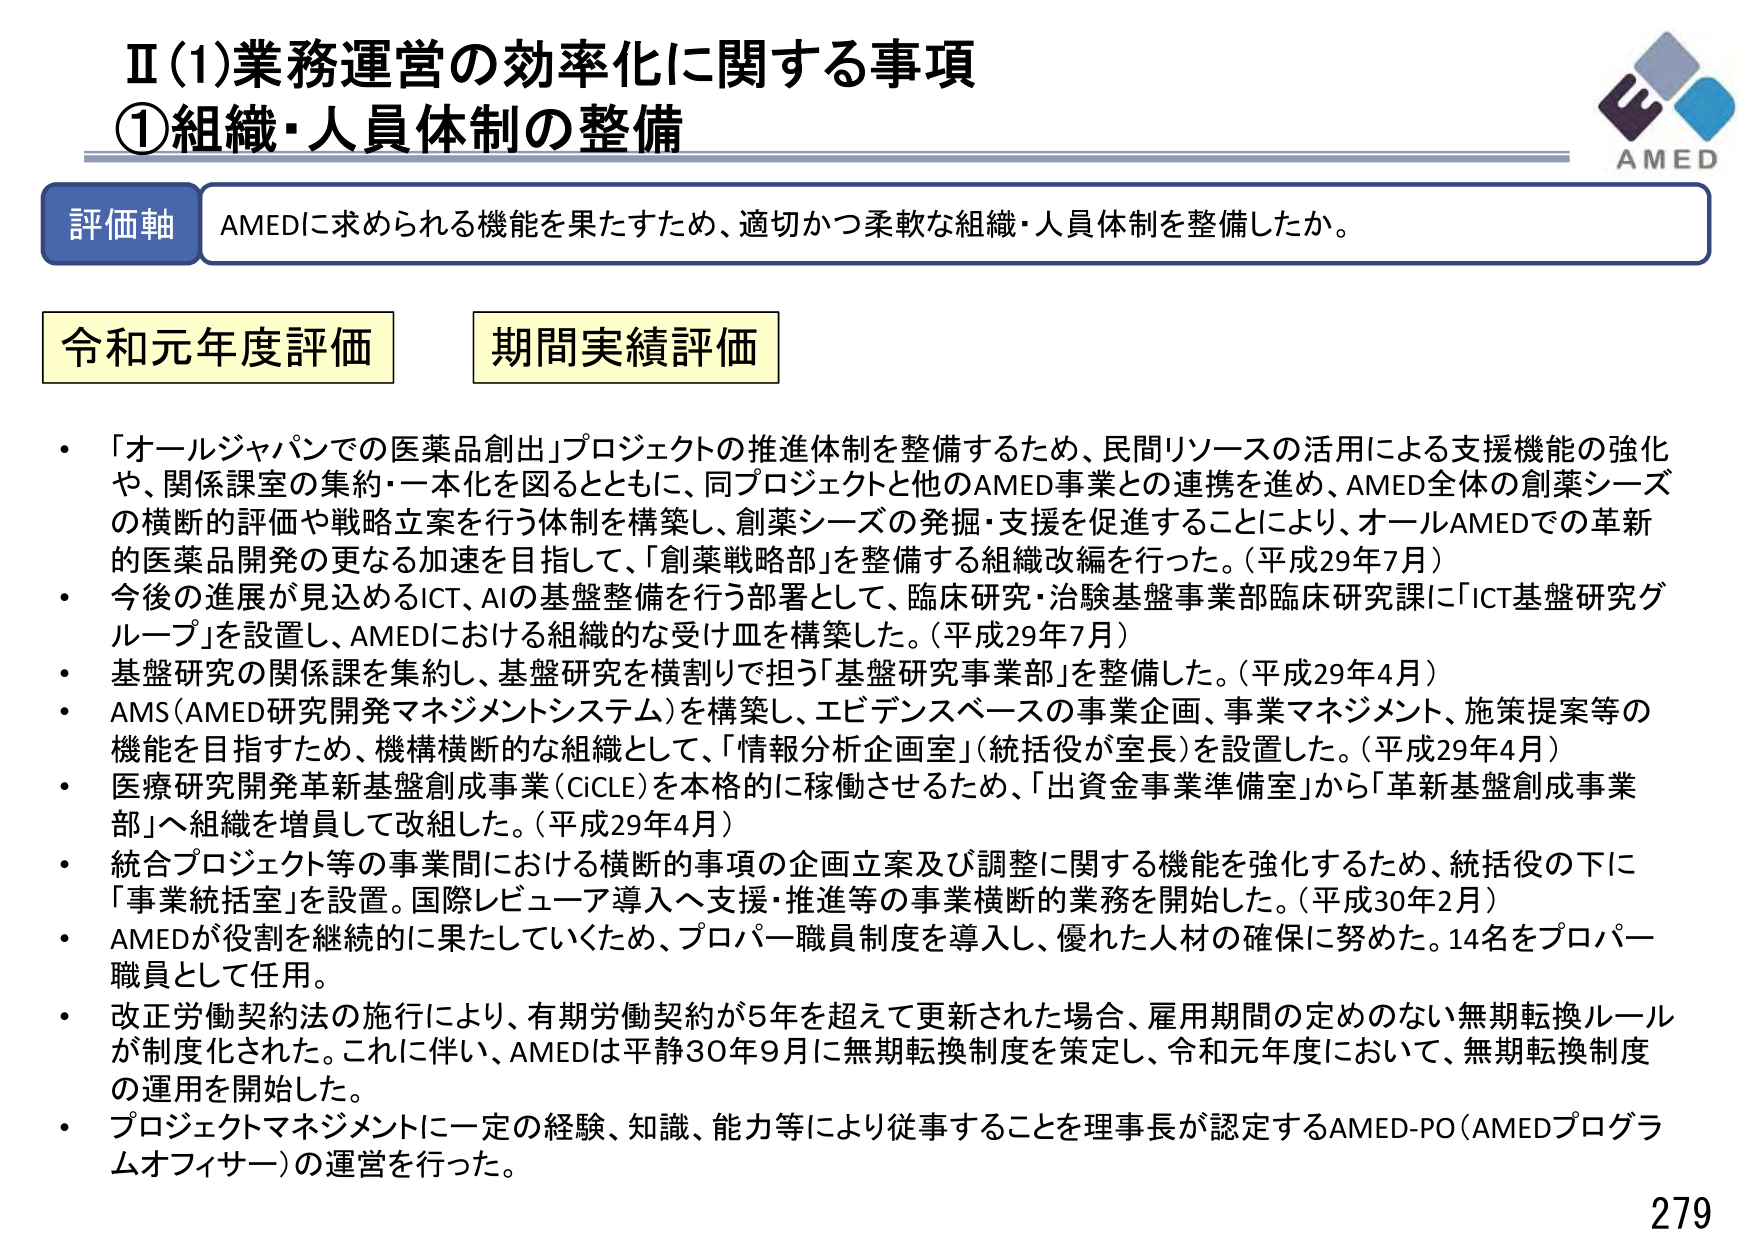
Ⅱ(1)業務運営の効率化に関する事項
①組織・人員体制の整備

評価軸 AMEDに求められる機能を果たすため、適切かつ柔軟な組織・人員体制を整備したか。

令和元年度評価 期間実績評価

・「オールジャパンでの医薬品創出」プロジェクトの推進体制を整備するため、民間リソースの活用による支援機能の強化や、関係課室の集約・一本化を図るとともに、同プロジェクトと他のAMED事業との連携を進め、AMED全体の創薬シーズの横断的評価や戦略立案を行う体制を構築し、創薬シーズの発掘・支援を促進することにより、オールAMEDでの革新的医薬品開発の更なる加速を目指して、「創薬戦略部」を整備する組織改編を行った。（平成29年7月）
・今後の進展が見込めるICT、AIの基盤整備を行う部署として、臨床研究・治験基盤事業部臨床研究課に「ICT基盤研究グループ」を設置し、AMEDにおける組織的な受け皿を構築した。（平成29年7月）
・基盤研究の関係課を集約し、基盤研究を横割りで担う「基盤研究事業部」を整備した。（平成29年4月）
・AMS（AMED研究開発マネジメントシステム）を構築し、エビデンスベースの事業企画、事業マネジメント、施策提案等の機能を目指すため、機構横断的な組織として、「情報分析企画室」（統括役が室長）を設置した。（平成29年4月）
・医療研究開発革新基盤創成事業（CiCLE）を本格的に稼働させるため、「出資金事業準備室」から「革新基盤創成事業部」へ組織を増員して改組した。（平成29年4月）
・統合プロジェクト等の事業間における横断的事項の企画立案及び調整に関する機能を強化するため、統括役の下に「事業統括室」を設置。国際レビュー導入へ支援・推進等の事業横断的業務を開始した。（平成30年2月）
・AMEDが役割を継続的に果たしていくため、プロパー職員制度を導入し、優れた人材の確保に努めた。14名をプロパー職員として任用。
・改正労働契約法の施行により、有期労働契約が5年を超えて更新された場合、雇用期間の定めのない無期転換ルールが制度化された。これに伴い、AMEDは平成30年9月に無期転換制度を策定し、令和元年度において、無期転換制度の運用を開始した。
・プロジェクトマネジメントに一定の経験、知識、能力等により従事することを理事長が認定するAMED-PO（AMEDプログラムオフィサー）の運営を行った。

AMED
279